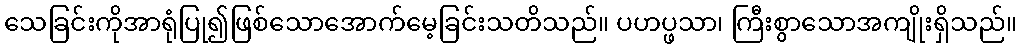
သေခြင်းကိုအာရုံပြု၍ဖြစ်သောအောက်မေ့ခြင်းသတိသည်။ ပဟပ္ဖသာ၊ ကြီးစွာသောအကျိုးရှိသည်။